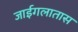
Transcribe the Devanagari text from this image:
जाईगलातास